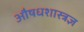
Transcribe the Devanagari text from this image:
औषधशास्त्रज्ञ